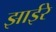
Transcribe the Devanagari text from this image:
झाईरे